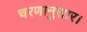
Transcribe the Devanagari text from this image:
चरणानुसार।